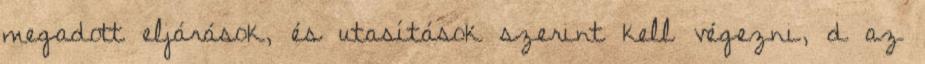
megadott eljárások, és utasítások szerint kell végezni, d az